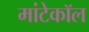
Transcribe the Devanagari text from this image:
मांटेकॉल